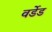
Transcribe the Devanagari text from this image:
वर्डेड